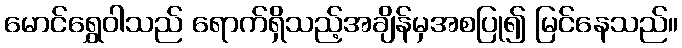
မောင်ရွှေဝါသည် ရောက်ရှိသည့်အချိန်မှအစပြု၍ မြင်နေသည်။